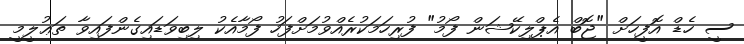
ސީ ހެޑް އޮފީހަށް "ޖޮބް އެޕްލިކޭޝަން ފޯމު" ފުރިހަމަކުރެއްވުމަށްފަހު ފޯމާއެކު ލިބިވަޑައިގެންފައިވާ ތަޢުލީމީ